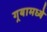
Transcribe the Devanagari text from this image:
गर्‍यामध्ये